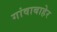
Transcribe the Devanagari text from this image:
गांवाबाहेर